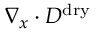
\nabla _ { x } \cdot D ^ { \mathrm { d r y } }